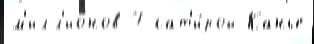
м'илл'ио́нов 7 сат'и́рой Канье